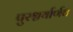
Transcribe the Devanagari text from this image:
पुरश्चर्यार्णव